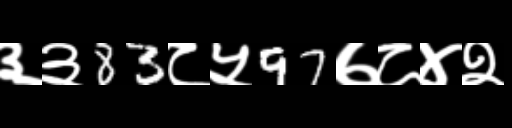
Text: ३३83८५97७८४२